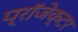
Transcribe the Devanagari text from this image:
प्रॉजेक्टर